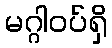
မဂ္ဂါဝပ်ရှိ